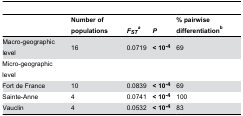
|  | Number of populations | FSTa | P | % pairwise differentiationb |
 | --- | --- | --- | --- | --- |
 | Macro-geographic level | 16 | 0.0719 | < 10-4 | 69 |
 | Micro-geographic level |  |  |  |  |
 | Fort de France | 10 | 0.0839 | < 10-4 | 69 |
 | Sainte-Anne | 4 | 0.0741 | < 10-4 | 100 |
 | Vauclin | 4 | 0.0532 | < 10-4 | 83 |